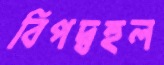
বিপদ্‌বহুল